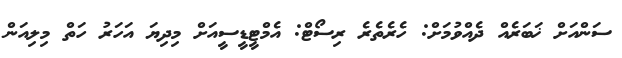
ސަންއަށް ޚަބަރެއް ދެއްވުމަށް: ހެެރެތެރެ ރިސޯޓް: އެމްޓީޑީސީއަށް މިދިޔަ އަހަރު ހަތް މިލިއަން